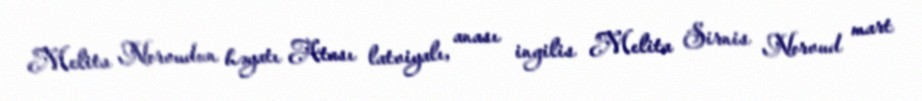
Melita Norvudun həyatı Atası latviyalı, anası ingilis Melita Sirnis Norvud mart